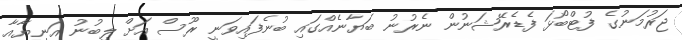
ޖަރުމަނުގެ ފުޓްބޯޅަ ފެޑެރޭޝަނުން ނެރުނު ބަޔާނެއްގައި ބުނެފައިވަނީ ރޫސް އަށް ލިބުނު އަނިޔާއާ